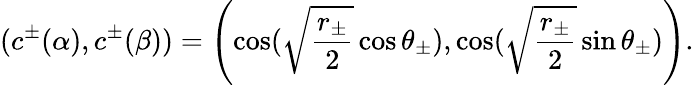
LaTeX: (c^{\pm}(\alpha),c^{\pm}(\beta))=\left(\cos(\sqrt{\frac{r_{\pm}}{2}}\cos\theta_{\pm}),\cos(\sqrt{\frac{r_{\pm}}{2}}\sin\theta_{\pm})\right).